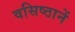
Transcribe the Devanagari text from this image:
वसिष्ठानें